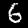
Label: 6